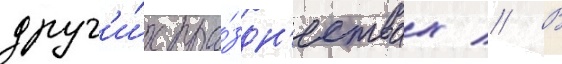
друг'и́х пра́здн'ествах // В